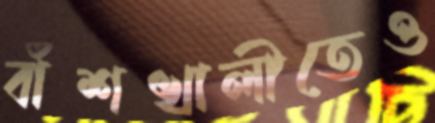
বাঁশখালীতেও